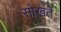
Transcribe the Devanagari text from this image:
सोखतें